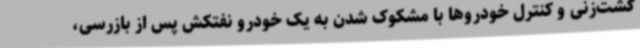
گشت‌زنی و کنترل خودروها با مشکوک شدن به یک خودرو نفتکش پس از بازرسی،